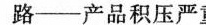
路--产品积压严重